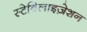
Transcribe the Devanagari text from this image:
स्टेबिलाइज़ेशन